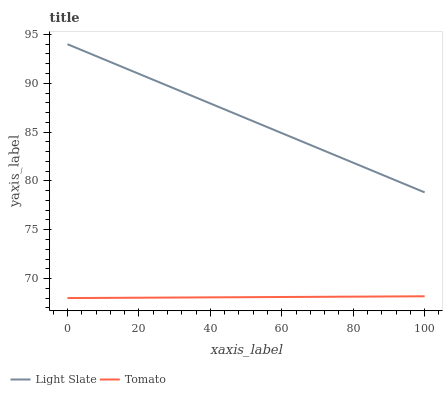
| xaxis_label | Light Slate | Tomato |
 | --- | --- | --- |
 | 0 | 94 | 68 |
 | 5.88 | 93.1 | 68 |
 | 11.8 | 92.2 | 68 |
 | 17.6 | 91.3 | 68 |
 | 23.5 | 90.4 | 68 |
 | 29.4 | 89.5 | 68.1 |
 | 35.3 | 88.6 | 68.1 |
 | 41.2 | 87.8 | 68.1 |
 | 47.1 | 86.9 | 68.1 |
 | 52.9 | 86 | 68.1 |
 | 58.8 | 85.1 | 68.1 |
 | 64.7 | 84.2 | 68.1 |
 | 70.6 | 83.3 | 68.1 |
 | 76.5 | 82.4 | 68.1 |
 | 82.4 | 81.5 | 68.2 |
 | 88.2 | 80.6 | 68.2 |
 | 94.1 | 79.7 | 68.2 |
 | 100 | 78.8 | 68.2 |